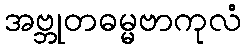
အဗ္ဘုတဓမ္မဗာကုလံ